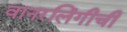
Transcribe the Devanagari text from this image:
वानरलिंगीची